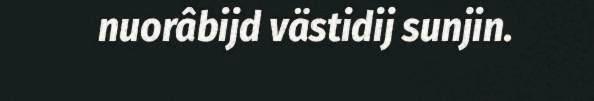
nuorâbijd västidij sunjin.